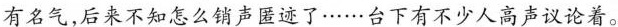
有名气，后来不知怎么销声匿迹了……台下有不少人高声议论着。